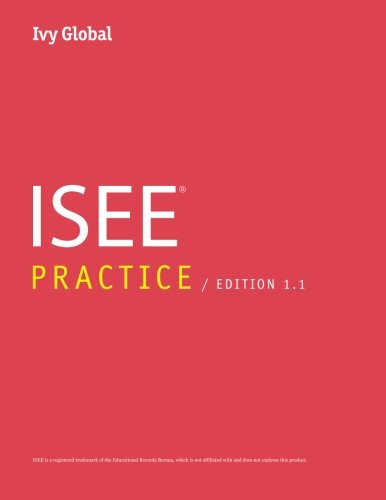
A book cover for Ivy Global ISEE Practice 2015 (Prep Book); Ivy Global; Test Preparation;